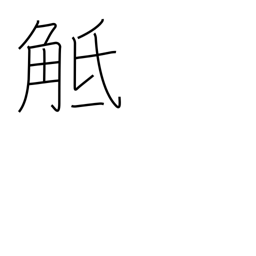
Meaning: collide with